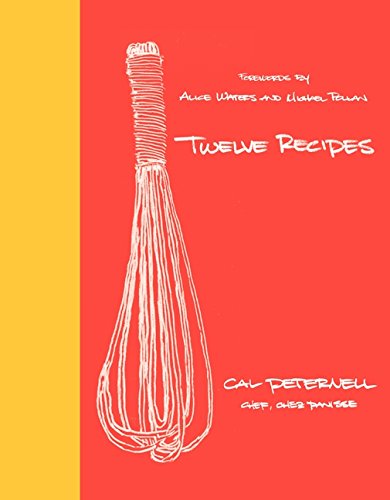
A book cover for Twelve Recipes; Cal Peternell; Cookbooks, Food & Wine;